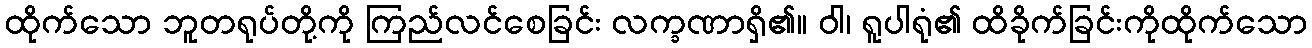
ထိုက်သော ဘူတရုပ်တို့ကို ကြည်လင်စေခြင်း လက္ခဏာရှိ၏။ ဝါ၊ ရူပါရုံ၏ ထိခိုက်ခြင်းကိုထိုက်သော